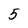
Character: 5